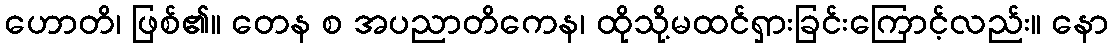
ဟောတိ၊ ဖြစ်၏။ တေန စ အပညာတိကေန၊ ထိုသို့မထင်ရှားခြင်းကြောင့်လည်း။ နော